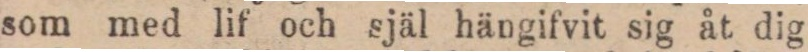
som med lif och själ hängifvit sig åt dig